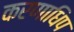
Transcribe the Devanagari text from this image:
करणाधिप